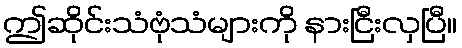
ဤဆိုင်းသံဗုံသံများကို နားငြီးလှပြီ။